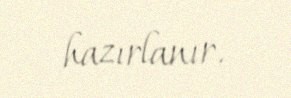
hazırlanır.